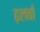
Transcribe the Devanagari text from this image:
ढ़लवाँ